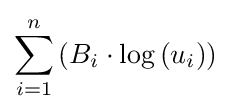
\sum _{i=1}^{n}\left(B_{i}\cdot \log {(u_{i})}\right)